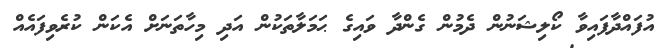
އުފައްދާފައިވާ ކޯލިޝަނުން ދެމުން ގެންދާ ވައިގެ ޙަމަލާތަކުން އަދި މިހާތަނަށް އެކަން ކުރެވިފައެއް